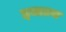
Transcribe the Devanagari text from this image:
इनाउस